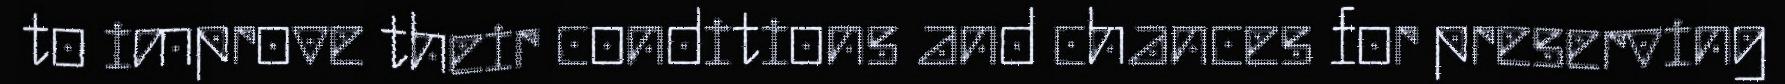
to improve their conditions and chances for preserving